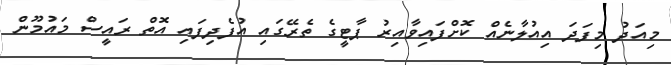
މިއަދު މިފަދަ އިއުލާނެއް ކޮށްފައިވާއިރު ޕާޓީގެ ތެރޭގައި އުފެދިފައި އޮތް ރައީސް މައުމޫން